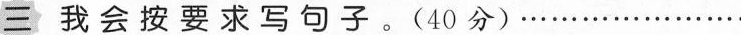
三 我会按要求写句子。(40分)......